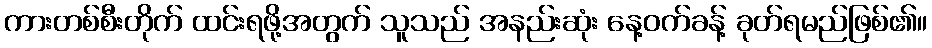
ကားတစ်စီးတိုက် ထင်းရဖို့အတွက် သူသည် အနည်းဆုံး နေ့ဝက်ခန့် ခုတ်ရမည်ဖြစ်၏။